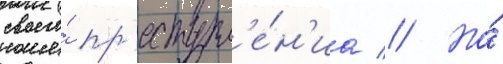
своего́ пр'еступл'е́н'иа // Но́